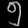
Digit: ၅